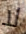
لا